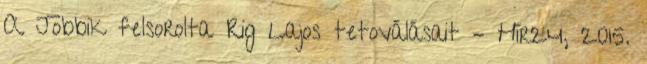
A Jobbik felsorolta Rig Lajos tetoválásait – Hír24, 2015.